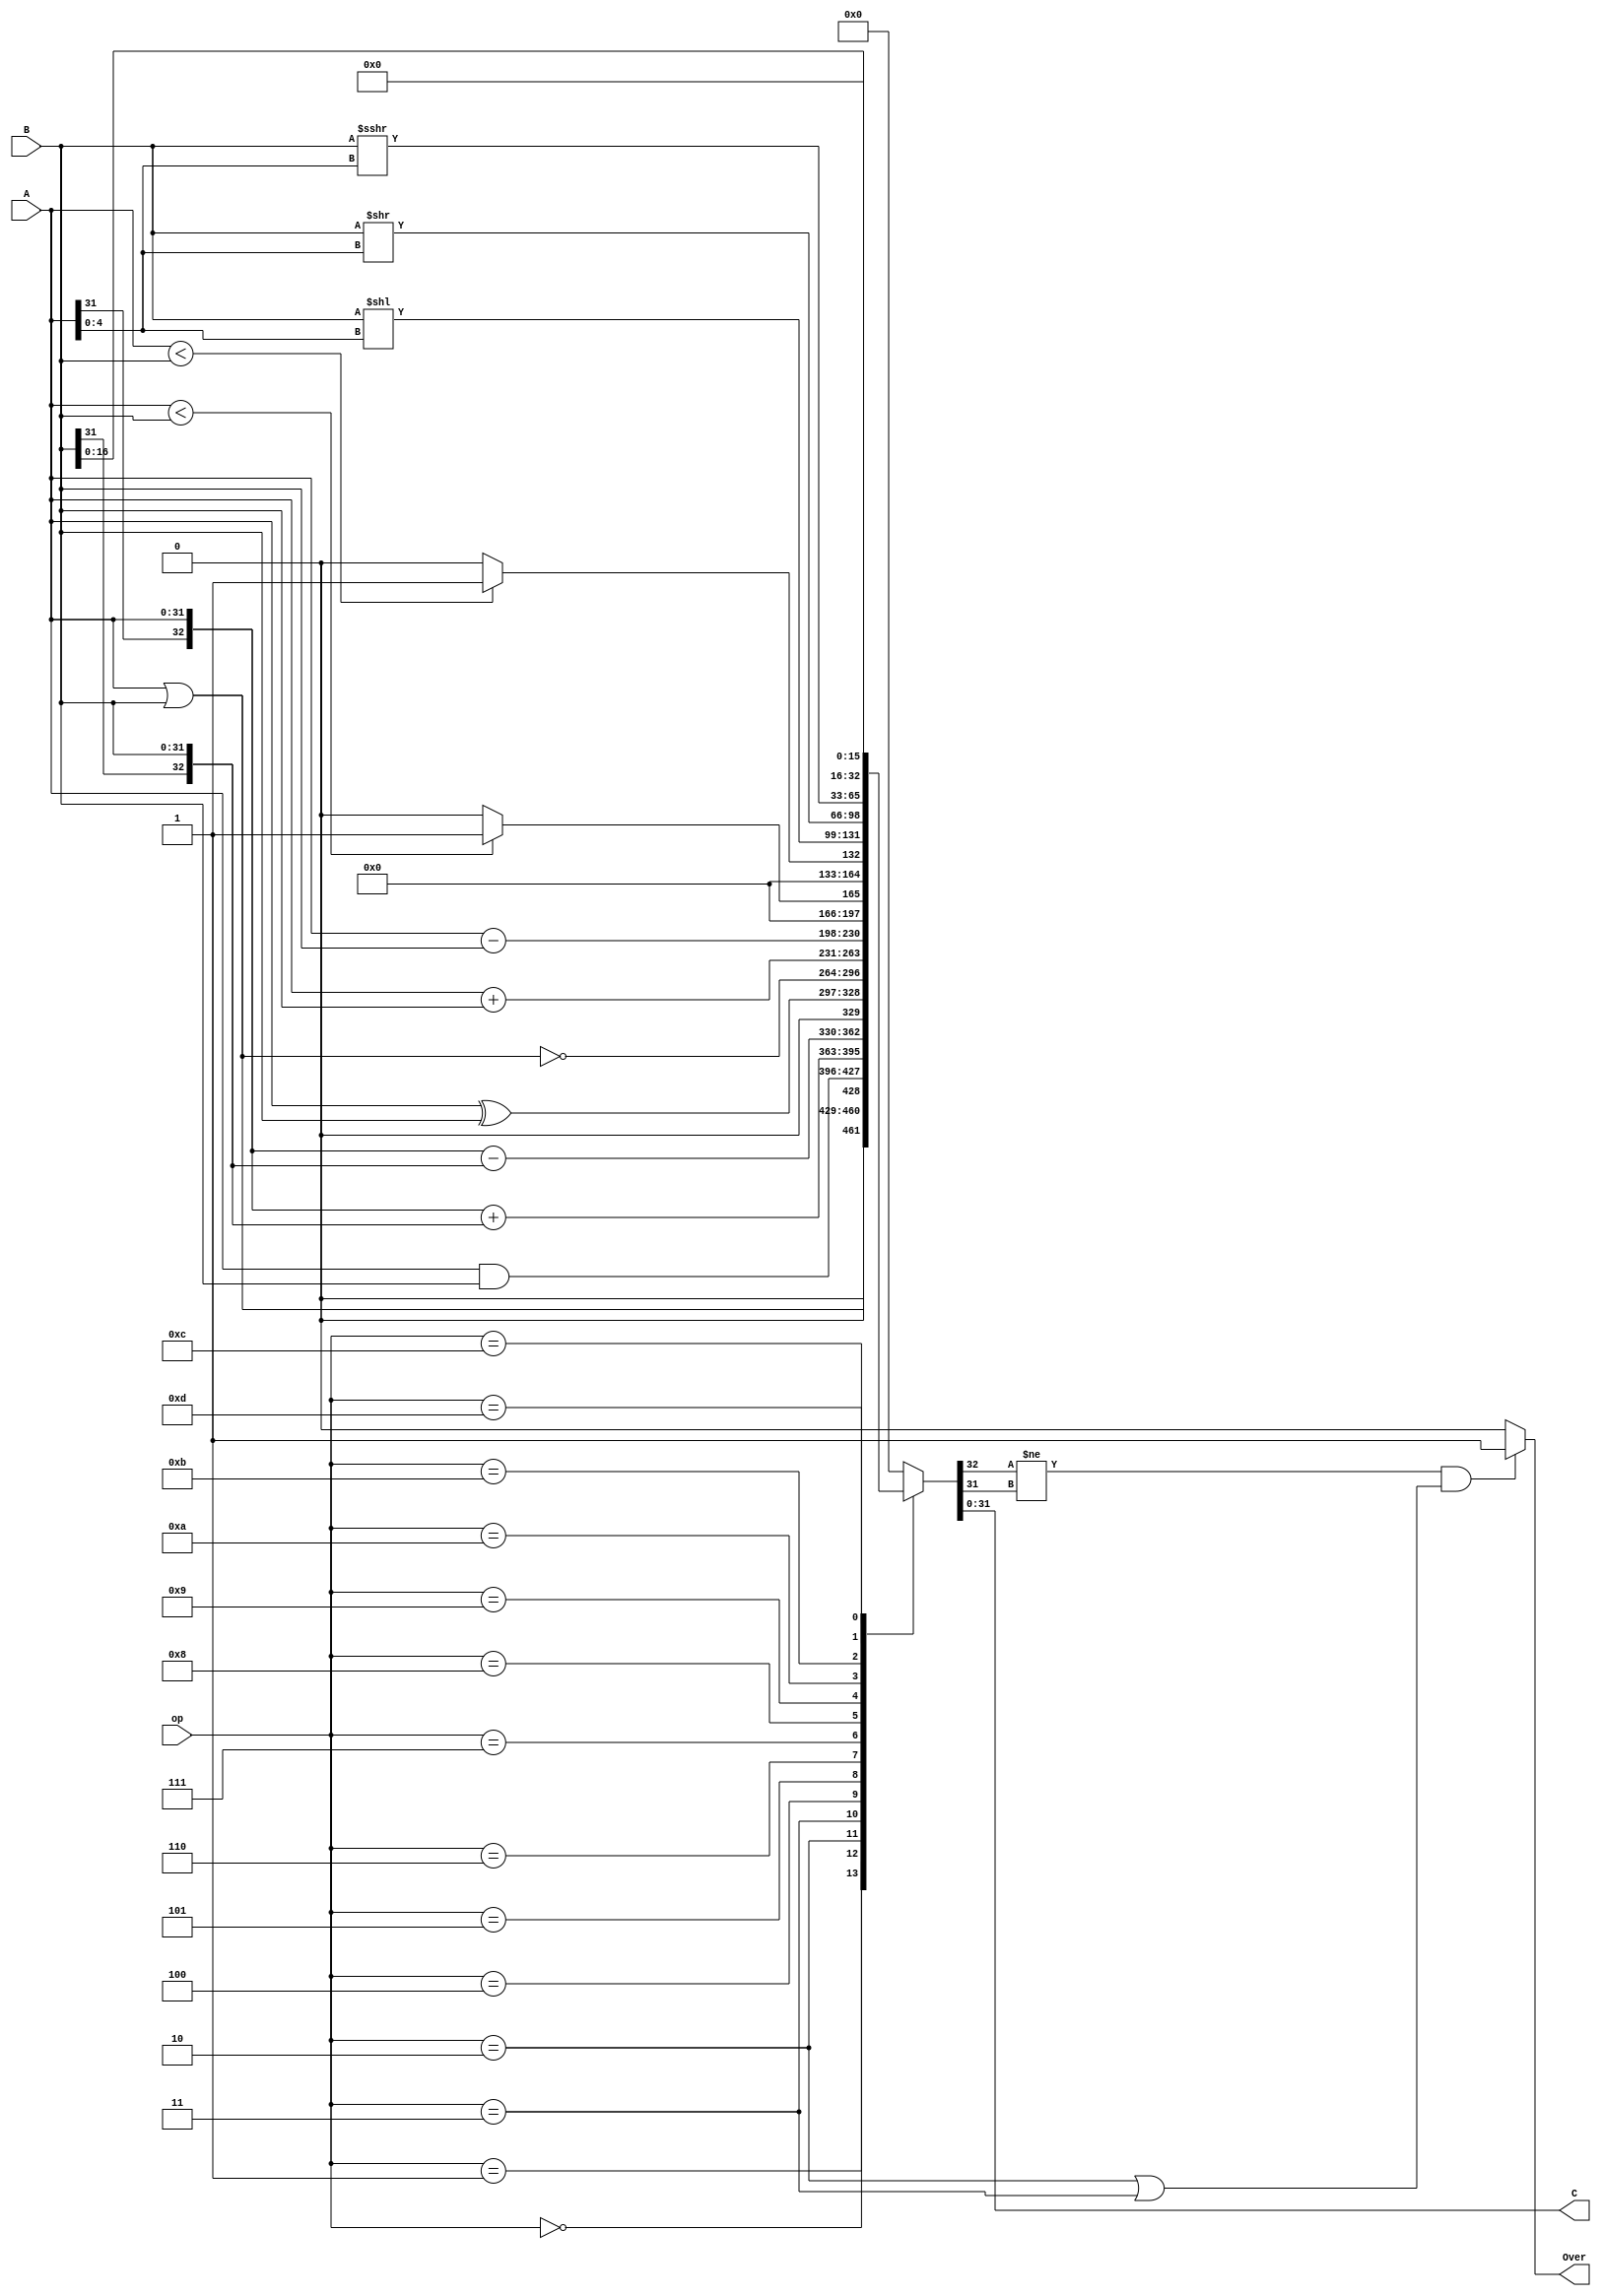
`timescale 1ns / 1ps
//////////////////////////////////////////////////////////////////////////////////
// Company: 
// Engineer: 
// 
// Design Name: 
// Module Name:    alu 
// Project Name: 
// Target Devices: 
// Tool versions: 
// Description: 
//
// Dependencies: 
//
// Revision: 
// Revision 0.01 - File Created
// Additional Comments: 
//
//////////////////////////////////////////////////////////////////////////////////
module alu(
    input[31:0] A,
    input[31:0] B,
    input[3:0] op,
    output [31:0] C,
    output Over
    );
reg [32:0]temp,temp2;
integer i;

always @(*)
begin
	case(op)
		4'b0000:begin temp=A | B; end//or
		4'b0001:begin temp=A & B; end//and
		4'b0010:begin temp={A[31],A} + {B[31],B}; end//add
		4'b0011:begin temp={A[31],A} - {B[31],B};end//sub
		4'b0100:begin temp=A ^ B; end//xor
		4'b0101:begin temp=~(A | B); end//nor
		4'b0110:begin temp=A + B; end//addu
		4'b0111:begin temp=A - B; end//subu
		4'b1000:begin temp=($signed(A)<$signed(B))?1:0; end//a<b
		4'b1001:begin temp=A<B?1:0; end//a<b(unsign)
		4'b1010:begin temp=B << A[4:0]; end//logic left shift
		4'b1011:begin temp=B >> A[4:0]; end//logic right shift
		4'b1100:begin temp=$signed(B) >>> A[4:0]; end//algorithm right shift\
		4'b1101:begin temp=B << 16; end
		default: temp=0;
	endcase
end
assign Over=((temp[32]!=temp[31])&&((op==4'b0010)||(op==4'b0011)))?1:0;
assign C=temp[31:0];
endmodule